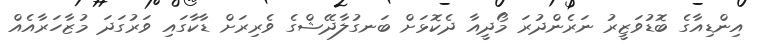
އިންޑިއާގެ ބޮޑުވަޒީރު ނަރެންދުރަ މޯދީއާ ދެކޮޅަށް ބަނގުލާދޭޝްގެ ވެރިރަށް ޑާކާގައި ވަރުގަދަ މުޒާހަރާއެއް